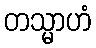
တသ္မာဟံ